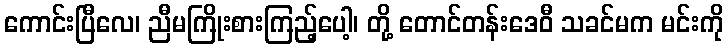
ကောင်းပြီလေ၊ ညီမကြိုးစားကြည့်ပေါ့၊ တို့ တောင်တန်းဒေဝီ သခင်မက မင်းကို